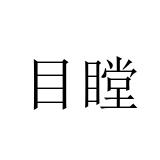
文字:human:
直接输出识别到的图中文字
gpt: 目瞠